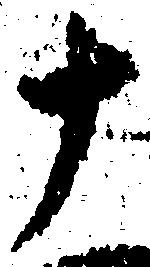
十